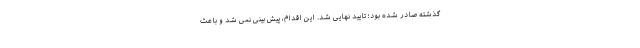
گذشته صادر شده بود؛ تایید نهایی شد. این اقدام، پیش بینی نمی شد و باعث